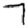
Digit: 7